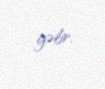
gəlir.